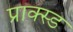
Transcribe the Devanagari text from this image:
प्राक्स्ड